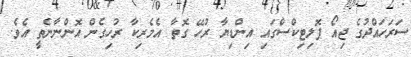
ސަރަހައްދުގެ ޖިއޯ ޕޮލިޓިކްސްގައި އިންޑިޔާ ރުހޭ ގޮތާ އެމެރިކާ ރުހިގެން އޮންނާނެތީ އެވެ.